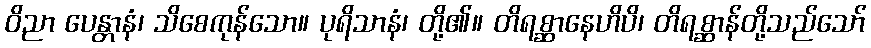
ဝိညာ ပေန္တာနံ၊ သိစေကုန်သော။ ပုရိသာနံ၊ တို့၏။ တိရစ္ဆာနေဟိပိ၊ တိရစ္ဆာန်တို့သည်သော်